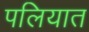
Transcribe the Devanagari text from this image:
पलियात